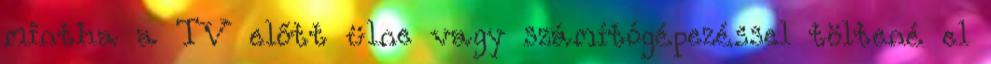
mintha a TV előtt ülne vagy számítógépezéssel töltené el